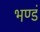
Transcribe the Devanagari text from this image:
भण्डं